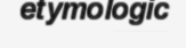
etymologic